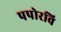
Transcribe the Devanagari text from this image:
पपोरवि